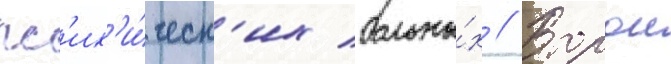
пс'их'и́ческ'их больны́х // Второи